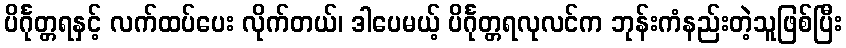
ပိင်္ဂုတ္တရနှင့် လက်ထပ်ပေး လိုက်တယ်၊ ဒါပေမယ့် ပိင်္ဂုတ္တရလုလင်က ဘုန်းကံနည်းတဲ့သူဖြစ်ပြီး